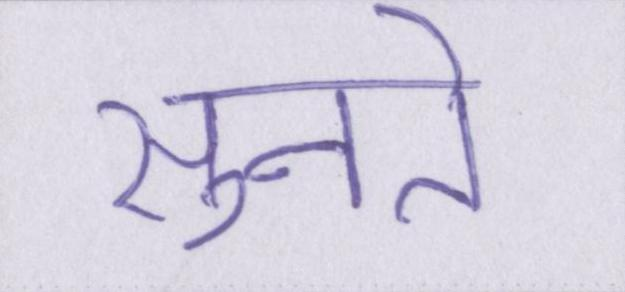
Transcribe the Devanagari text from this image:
सुनते